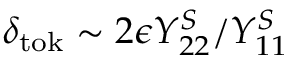
\delta _ { \mathrm { t o k } } \sim 2 \epsilon Y _ { 2 2 } ^ { S } / Y _ { 1 1 } ^ { S }